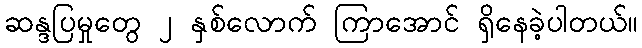
ဆန္ဒပြမှုတွေ ၂ နှစ်လောက် ကြာအောင် ရှိနေခဲ့ပါတယ်။